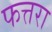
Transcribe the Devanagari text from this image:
फत्तरा